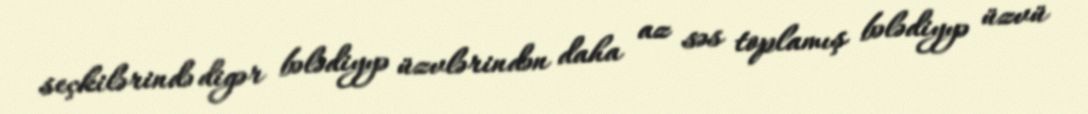
seçkilərində digər bələdiyyə üzvlərindən daha az səs toplamış bələdiyyə üzvü